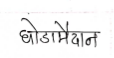
मजकूर: घोडामैदान